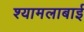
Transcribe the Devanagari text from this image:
श्यामलाबाई